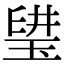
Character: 𤦨